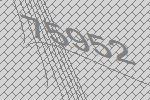
75952